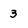
Character: 3